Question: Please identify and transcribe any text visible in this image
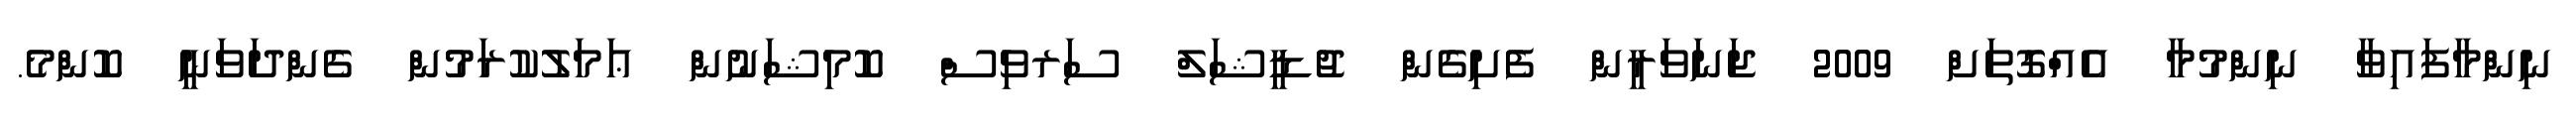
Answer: ނިންމާފައިވާ ނިންމުމާ އެއްގޮތަށް 2009 ޖަނަވަރީން ފެށިގެން ޖުޑީޝަލް ސަރވިސް ކޮމިޝަނުން ޢަމަލުކުރަމުން ގެންދަވަނީ ކޮންމެ.